Bombay plague: being a history of the progress of plague in the Bombay presidency from September 1896 to June 1899
Year: 1896
Disease focus: Plague
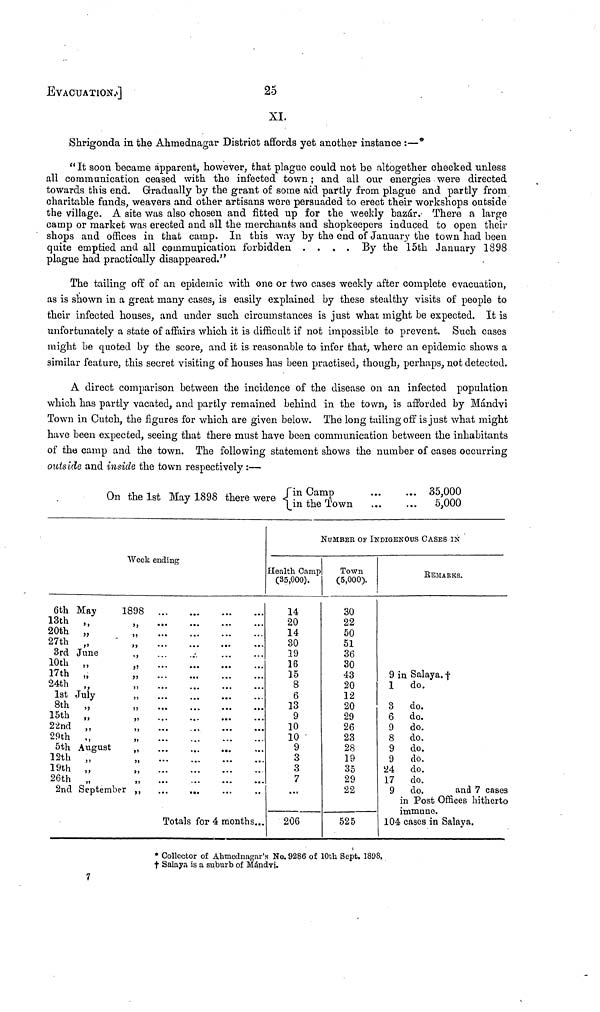
EVACUATION.]
25
XI
Shrigonda in the Ahmednagar District affords yet another instance :—
" It soon became apparent, however, that plague could not be altogether checked unless
all communication ceased with the infected town ; and all our energies were directed
towards this end. Gradually by the grant of some aid partly from plague and partly from
charitable funds, weavers and other artisans were persuaded to erect their workshops outside
the village. A site was also chosen and fitted up for the weekly bazár. There a large
camp or market was erected and all the merchants and shopkeepers induced to open their
shops and offices in that camp. In this way by the end of January the town had been
quite emptied and all communication forbidden ....
By the 15th January 1898
plague had practically disappeared."
The tailing off of an epidemic with one or two cases weekly after complete evacuation,
as is shown in a great many cases, is easily explained by these stealthy visits of people to
their infected houses, and under such circumstances is just what might be expected. It is
unfortunately a state of affairs which it is difficult if not impossible to prevent. Such cases
might be quoted by the score, and it is reasonable to infer that, where an epidemic shows a
similar feature, this secret visiting of houses has been practised, though, perhaps, not detected.
A direct comparison between the incidence of the disease on an infected population
which has partly vacated, and partly remained behind in the town, is afforded by Mándvi
Town in Cutch, the figures for which are given below. The long tailing off is just what might
have been expected, seeing that there must have been communication between the inhabitants
of the camp and the town. The following statement shows the number of cases occurring
outside and inside the town respectively :—
On the 1st May 1898 there were
(
in
Camp
35,000
(in
the Town
...
... 5,000
6th May
13th ,,
20th „
27th „
3rd June
10th
„
17th
„
24th „
1st July
8th „
15th „
22nd „
29th ,,
5th August
12th „
19th „
26th ,,
2nd September
Week ending
1898
Totals for 4 months...
NUMBER OF INDIGENOUS CASES IN
Health Camp
(35,000).
14
20
14
30
19
16
15
8
6
13
9
10
10
9
3
3
7
...
206
Town
(5,000).
30
22
50
51
36
30
43
20
12
20
29
26
23
28
19
35
29
22
525
REMARKS.
9 in Salaya. †
1
do.
3 do.
6 do.
9
do.
8 do.
9 do.
9
do.
24
do.
17
do.
9 do.
and 7 cases
in Post Offices hitherto
immune.
104 cases in Salaya.
* Collector of Ahmednagar's No. 9286 of 10th Sept. 1898,
† Salaya is a suburb of Mándvi.
7